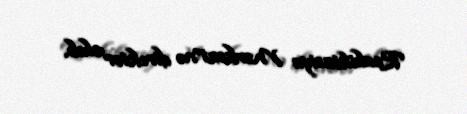
Reabilitasiya Mərkəzi”nə direktor olub.